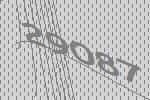
29087